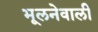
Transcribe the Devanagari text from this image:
भूलनेवाली